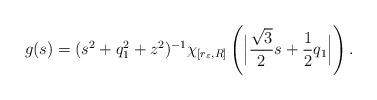
LaTeX: \begin{align*} g(s) = (s^2 + q_1^2 +z^2)^{-1}\chi_{[r_\varepsilon , R]} \left(\Bigl| \frac{\sqrt 3}2 s + \frac 12 q_1\Bigr| \right) . \end{align*}